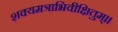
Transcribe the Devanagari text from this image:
शक्यमत्राभिवीक्षितुम्॥